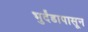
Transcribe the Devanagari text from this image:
भुर्दंडापासून